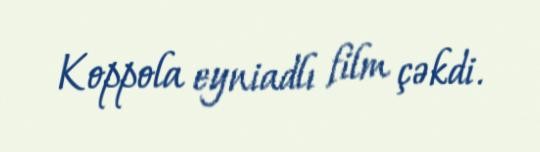
Koppola eyniadlı film çəkdi.